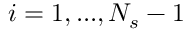
i = 1 , . . . , N _ { s } - 1